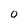
Character: 0